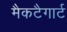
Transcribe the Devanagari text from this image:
मैकटैगार्ट